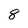
Character: 8